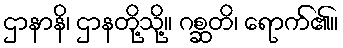
ဌာနာနိ၊ ဌာနတို့သို့။ ဂစ္ဆတိ၊ ရောက်၏။